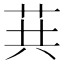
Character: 𦮎